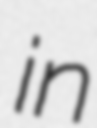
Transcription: in